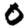
Digit: 0